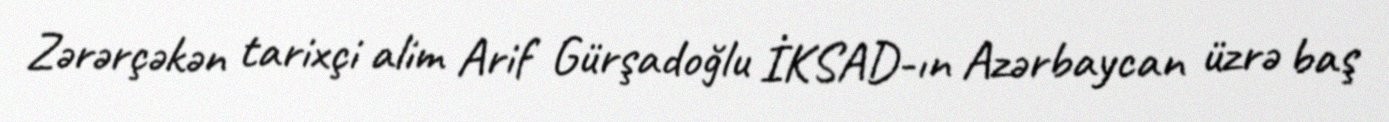
Zərərçəkən tarixçi alim Arif Gürşadoğlu İKSAD-ın Azərbaycan üzrə baş